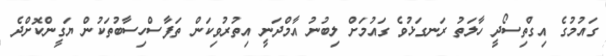
ގައުމުގެ އިގްތިސޯދީ ހާލަތު ރަނގަޅުވެ ގައުމަށް ލިބުނު އާމްދަނީ އިތުރުވިކަން ތަފާސްހިސާބުތަކުން ޔަގީންކޮށްދެ